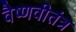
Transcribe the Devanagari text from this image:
वैष्णवीतंत्र